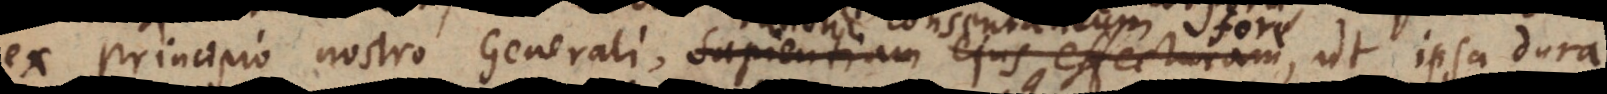
ex Principio nostro Generali, Sapientiam ejus effecturam, rationi co